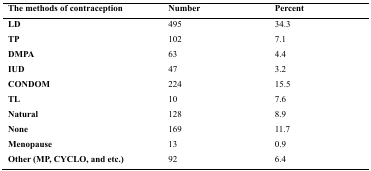
<table><thead><tr><td><b>The methods of contraception</b></td><td><b>Number</b></td><td><b>Percent</b></td></tr></thead><tbody><tr><td><b>LD</b></td><td>495</td><td>34.3</td></tr><tr><td><b>TP</b></td><td>102</td><td>7.1</td></tr><tr><td><b>DMPA</b></td><td>63</td><td>4.4</td></tr><tr><td><b>IUD</b></td><td>47</td><td>3.2</td></tr><tr><td><b>CONDOM</b></td><td>224</td><td>15.5</td></tr><tr><td><b>TL</b></td><td>10</td><td>7.6</td></tr><tr><td><b>Natural</b></td><td>128</td><td>8.9</td></tr><tr><td><b>None</b></td><td>169</td><td>11.7</td></tr><tr><td><b>Menopause</b></td><td>13</td><td>0.9</td></tr><tr><td><b>Other (MP, CYCLO, and etc.)</b></td><td>92</td><td>6.4</td></tr></tbody></table>